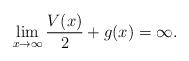
LaTeX: \begin{align*} \lim_{x \to \infty} \frac{V(x)}{2} + g(x) = \infty. \end{align*}